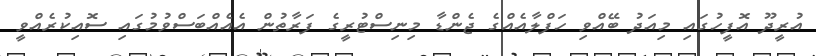
އުރީދޫ އޮފީހުގައި މިއަދު ބޭއްވި ހަފްލާއެއްގެ ޖެންޑާ މިނިސްޓުރީގެ ފަރާތުން އެއެއްބަސްވުމުގައި ސޮއިކުރެއްވީ